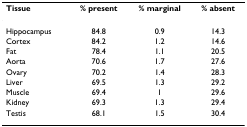
<table><thead><tr><td><b>Tissue</b></td><td><b>% present</b></td><td><b>% marginal</b></td><td><b>% absent</b></td></tr></thead><tbody><tr><td>Hippocampus</td><td>84.8</td><td>0.9</td><td>14.3</td></tr><tr><td>Cortex</td><td>84.2</td><td>1.2</td><td>14.6</td></tr><tr><td>Fat</td><td>78.4</td><td>1.1</td><td>20.5</td></tr><tr><td>Aorta</td><td>70.6</td><td>1.7</td><td>27.6</td></tr><tr><td>Ovary</td><td>70.2</td><td>1.4</td><td>28.3</td></tr><tr><td>Liver</td><td>69.5</td><td>1.3</td><td>29.2</td></tr><tr><td>Muscle</td><td>69.4</td><td>1</td><td>29.6</td></tr><tr><td>Kidney</td><td>69.3</td><td>1.3</td><td>29.4</td></tr><tr><td>Testis</td><td>68.1</td><td>1.5</td><td>30.4</td></tr></tbody></table>